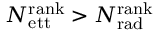
N _ { \mathrm { e t t } } ^ { \mathrm { r a n k } } > N _ { \mathrm { r a d } } ^ { \mathrm { r a n k } }